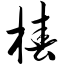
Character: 椿